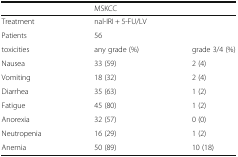
<table><thead><tr><td></td><td colspan="2"><b>MSKCC</b></td></tr></thead><tbody><tr><td>Treatment</td><td colspan="2">nal-IRI + 5-FU/LV</td></tr><tr><td>Patients</td><td colspan="2">56</td></tr><tr><td>toxicities</td><td>any grade (%)</td><td>grade 3/4 (%)</td></tr><tr><td>Nausea</td><td>33 (59)</td><td>2 (4)</td></tr><tr><td>Vomiting</td><td>18 (32)</td><td>2 (4)</td></tr><tr><td>Diarrhea</td><td>35 (63)</td><td>1 (2)</td></tr><tr><td>Fatigue</td><td>45 (80)</td><td>1 (2)</td></tr><tr><td>Anorexia</td><td>32 (57)</td><td>0 (0)</td></tr><tr><td>Neutropenia</td><td>16 (29)</td><td>1 (2)</td></tr><tr><td>Anemia</td><td>50 (89)</td><td>10 (18)</td></tr></tbody></table>